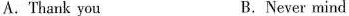
A. Thank you B. Never mind